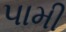
પામી